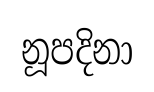
නූපදිනා